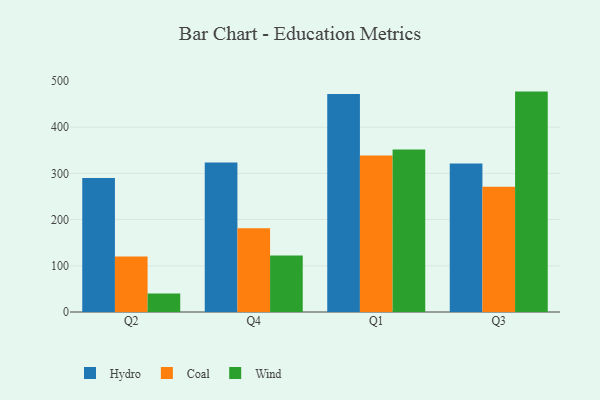
{"axis": {"x": "Quarter", "y": "Net Income (USD K)"}, "legend": ["Coal", "Hydro", "Wind"], "data": [{"x": "Q2", "y": 290.1, "type": "Hydro"}, {"x": "Q2", "y": 119.9, "type": "Coal"}, {"x": "Q2", "y": 39.8, "type": "Wind"}, {"x": "Q4", "y": 323.4, "type": "Hydro"}, {"x": "Q4", "y": 181.5, "type": "Coal"}, {"x": "Q4", "y": 122.1, "type": "Wind"}, {"x": "Q1", "y": 471.9, "type": "Hydro"}, {"x": "Q1", "y": 338.9, "type": "Coal"}, {"x": "Q1", "y": 351.9, "type": "Wind"}, {"x": "Q3", "y": 321.3, "type": "Hydro"}, {"x": "Q3", "y": 271.3, "type": "Coal"}, {"x": "Q3", "y": 477.0, "type": "Wind"}]}